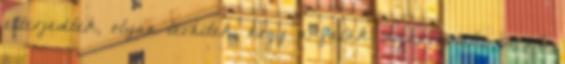
elterjedtek, olyan tévhitek, hogy a falak sugároznak, és 20